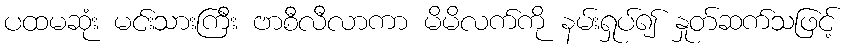
ပထမဆုံး မင်းသားကြီး ဗာစီလီလာကာ မိမိလက်ကို နမ်းရှုပ်၍ နှုတ်ဆက်သဖြင့်